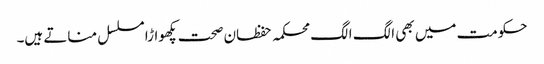
حکومت میں بھی الگ الگ محکمہ حفظان صحت پکھواڑا مسلسل مناتے ہیں۔